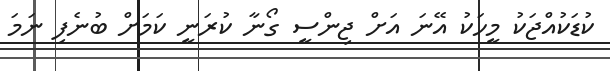
ކުޑަކުއްޖަކު މީހަކު އޭނަ އަށް ޖިންސީ ގޯނާ ކުރަނީ ކަމަށް ބުނެފި ނަމަ